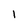
Character: 1